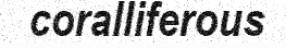
coralliferous